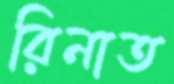
রিনাত